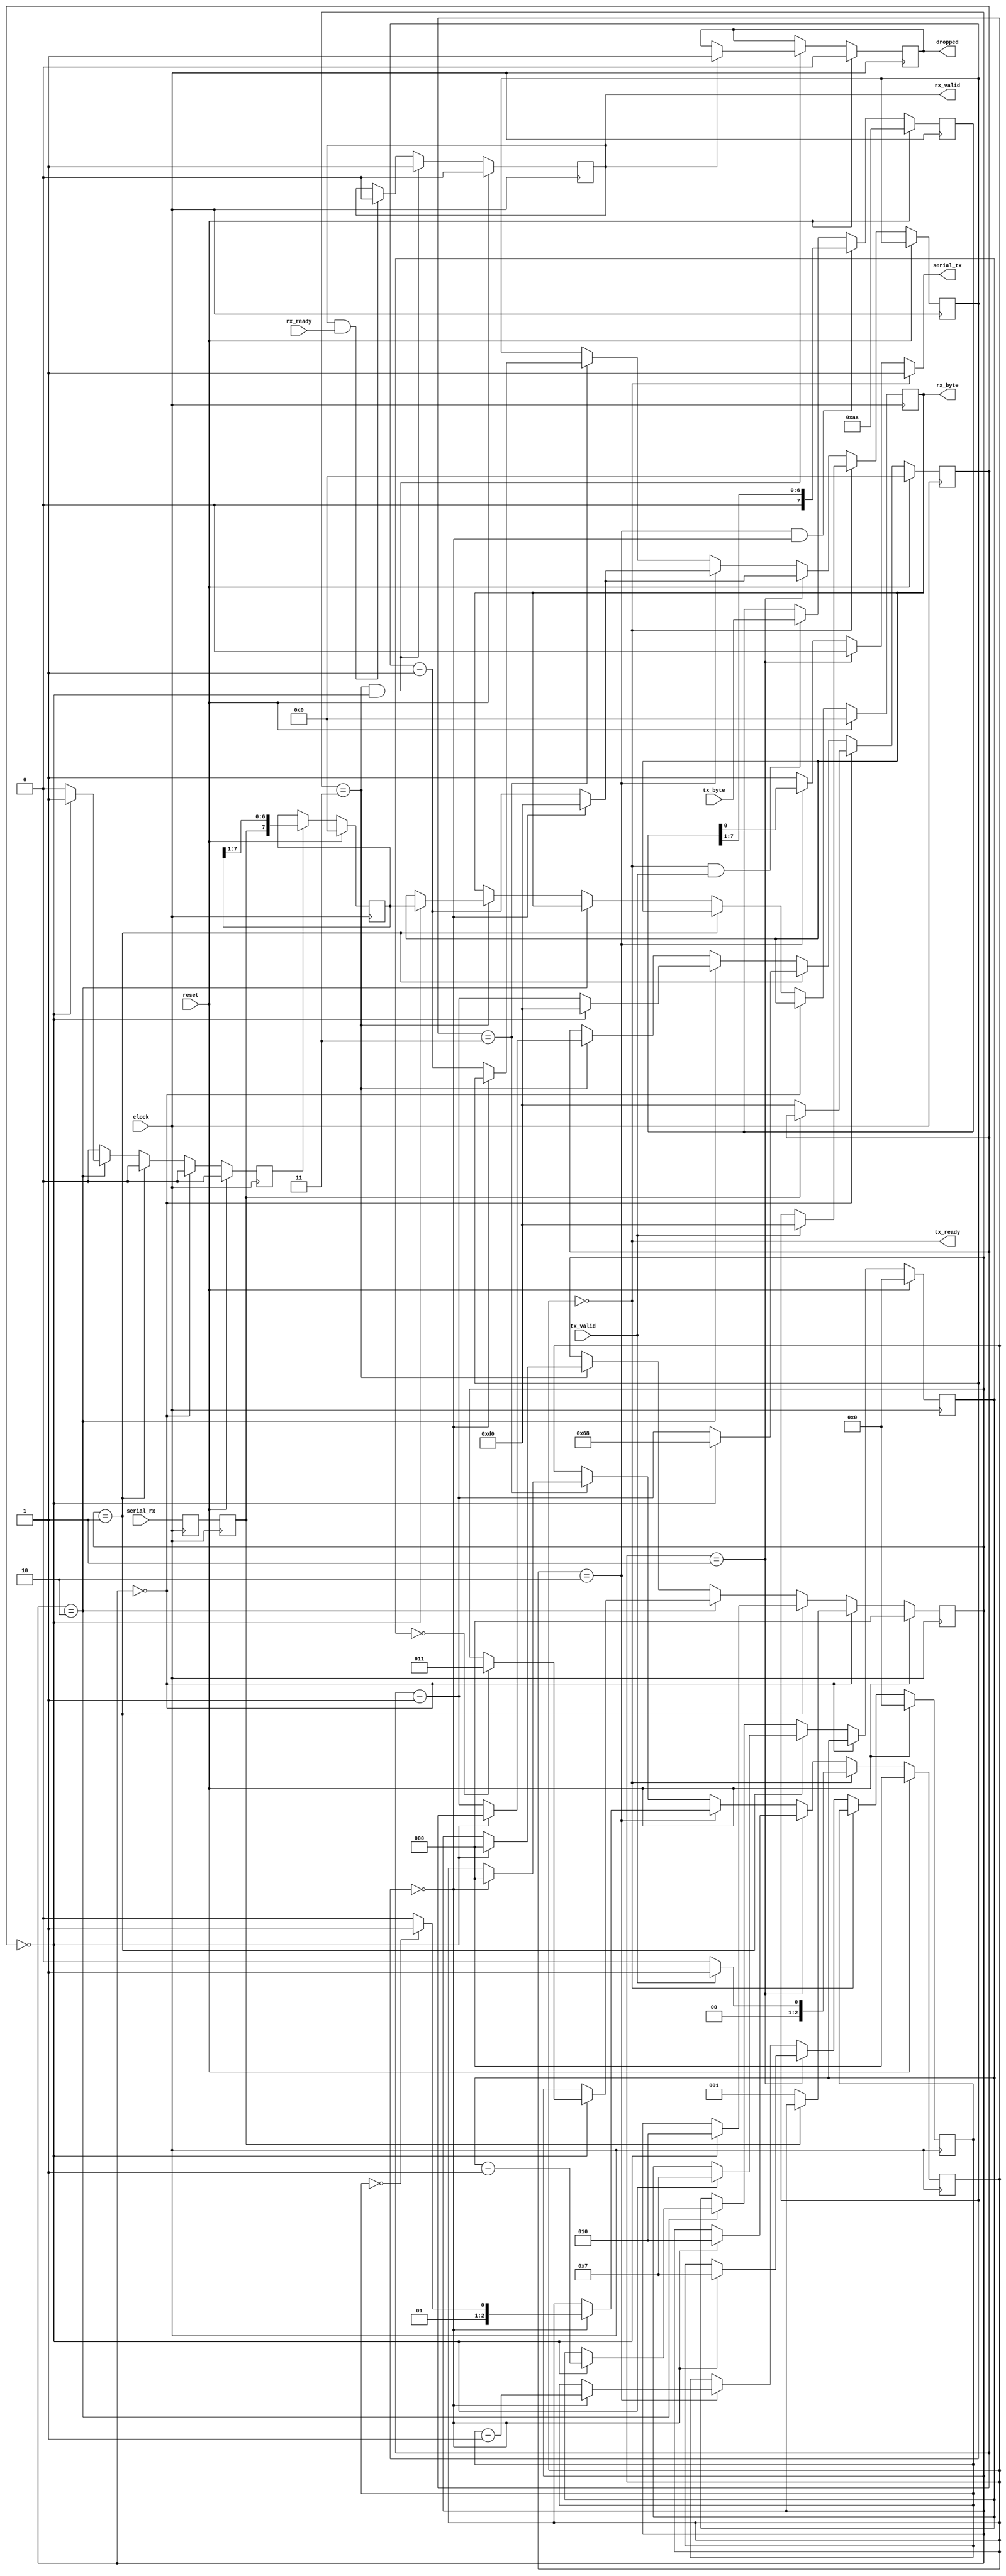
`default_nettype none

module uart(
    input clock,
    input reset,
    input serial_rx,
    input rx_ready,
    output reg rx_valid,
    output reg [7:0] rx_byte,
    output serial_tx,
    input [7:0] tx_byte,
    input tx_valid,
    output tx_ready,
    output reg dropped
);
parameter BAUD_HZ = 57600;
parameter CLOCK_HZ = 12_000_000;

`ifndef FAKE_FREQ
localparam CLOCK_DIV_MAX_ = CLOCK_HZ / BAUD_HZ;
`else
localparam CLOCK_DIV_MAX_ = 9;
`endif
localparam CLOCK_DIV_MAX = CLOCK_DIV_MAX_[$clog2(CLOCK_DIV_MAX_)-1:0];


reg [7:0] tx_shift;
reg [7:0] rx_shift;

localparam TX_IDLE  = 3'h0;
localparam TX_START = 3'h1;
localparam TX_DATA  = 3'h2;
localparam TX_END   = 3'h3;

reg [2:0] tx_state;
reg [3:0] tx_bit_counter;

reg [$clog2(CLOCK_DIV_MAX)-1:0] tx_timer;

assign tx_ready = (tx_state == TX_IDLE);

// TX state machine
always @(posedge clock) begin
    if (reset) begin
        tx_state <= 0;
        tx_bit_counter <= 0;
    end
    else if (tx_state == TX_IDLE) begin
        if (tx_valid) begin
            // there's new data to transmit, move to _START
            tx_state <= TX_START;
            tx_timer <= CLOCK_DIV_MAX;
        end else begin
            // nothing doing, stay in _IDLE
            tx_state <= TX_IDLE;
        end
    end
    else if (tx_state == TX_START) begin
        if (tx_timer == 0) begin
            // move to _DATA after transmitting the start bit
            tx_state <= TX_DATA;
            tx_bit_counter <= 7;
            tx_timer <= CLOCK_DIV_MAX;
        end
        else begin
            tx_timer <= tx_timer - 1;
        end
    end
    else if (tx_state == TX_DATA) begin
        if (tx_timer == 0) begin
            tx_bit_counter <= tx_bit_counter - 1;
            if (tx_bit_counter == 0) begin
                // done with data, move to the stop bit
                tx_state <= TX_END;
                tx_timer <= CLOCK_DIV_MAX;
            end
            else begin
                // continue shifting out the data byte
                tx_state <= TX_DATA;
                tx_timer <= CLOCK_DIV_MAX;
            end
        end
        else begin
            tx_timer <= tx_timer - 1;
        end
    end
    else if (tx_state == TX_END) begin
        if (tx_timer == 0) begin
            // go to idle after one stop bit
            tx_state <= TX_IDLE;
        end
        else begin
            tx_timer <= tx_timer - 1;
        end
    end
end

// TX shift register
always @(posedge clock) begin
    if (reset) begin
        tx_shift <= 8'haa;
    end
    else begin
        if ((tx_state == TX_DATA) && (tx_timer == 0)) begin
            tx_shift <= {1'b0, tx_shift[7:1]};
        end
        else if ((tx_state == TX_IDLE) && tx_valid) begin
            tx_shift <= tx_byte;
        end
    end
end

// TX output signal select
reg _serial_tx;
assign serial_tx = _serial_tx;

always @(*) begin
    _serial_tx = 1;
    if (tx_state == TX_IDLE) begin
        _serial_tx = 1;
    end else if (tx_state == TX_START) begin
        _serial_tx = 0;
    end else if (tx_state == TX_DATA) begin
        _serial_tx = tx_shift[0];
    end else if (tx_state == TX_END) begin
        _serial_tx = 1;
    end
end

localparam RX_IDLE = 3'h0;
localparam RX_START = 3'h1;
localparam RX_DATA = 3'h2;
localparam RX_END = 3'h3;
reg [2:0] rx_state;
reg [3:0] rx_bit_counter;

reg [$clog2(CLOCK_DIV_MAX)-1:0] rx_timer;
reg rx_sample_pulse;

// 2FF synchronizer for asynchronous RX input
reg serial_rx_1;
reg serial_rx_in;
always @(posedge clock) begin
    serial_rx_1 <= serial_rx;
    serial_rx_in <= serial_rx_1;
end

// RX state machine
always @(posedge clock) begin
    if (reset) begin
        rx_state <= RX_IDLE;
        rx_timer <= 0;
        rx_bit_counter <= 0;
        rx_sample_pulse <= 0;
        rx_byte <= 0;
    end else begin
        rx_sample_pulse <= 0;

        if (rx_state == RX_IDLE) begin
            if (serial_rx_in == 0) begin
                // when serial_rx_in goes low, move to _START.
                // TODO: do some debouncing here
                rx_state <= RX_START;

                rx_timer <= CLOCK_DIV_MAX;
            end
        end else if (rx_state == RX_START) begin
            if (rx_timer == 0) begin
                // after one bit period, move to _DATA;
                rx_state <= RX_DATA;
                rx_bit_counter <= 7;

                // and wait half a bit period to sample in the center of each
                // data bit
                rx_timer <= CLOCK_DIV_MAX / 2;
            end else begin
                rx_timer <= rx_timer - 1;
            end
        end else if (rx_state == RX_DATA) begin
            if (rx_timer == 0) begin
                rx_sample_pulse <= 1;
                rx_bit_counter <= rx_bit_counter - 1;
                rx_timer <= CLOCK_DIV_MAX;
                if (rx_bit_counter == 0) begin
                    rx_state <= RX_END;
                end
            end else begin
                rx_sample_pulse <= 0;
                rx_timer <= rx_timer - 1;
            end
        end else if (rx_state == RX_END) begin
            if (rx_timer == 0) begin
                rx_state <= RX_IDLE;
                rx_byte <= rx_shift;
            end else begin
                rx_timer <= rx_timer - 1;
            end
        end
    end
end

always @(posedge clock) begin
    if (reset) begin
        rx_valid <= 0;
        dropped <= 0;
    end
    else begin
        if ((rx_state == RX_END) && (rx_timer == 0)) begin
            if (rx_valid) begin
                dropped <= 1;
            end
            rx_valid <= 1;
        end
        else if (rx_valid && rx_ready) begin
            rx_valid <= 0;
        end
    end
end

// RX shift register
always @(posedge clock) begin
    if (reset) begin
        rx_shift <= 0;
    end
    else begin
        if (rx_sample_pulse) begin
            rx_shift <= {serial_rx_in, rx_shift[7:1]};
        end
    end
end

endmodule